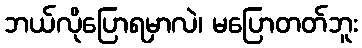
ဘယ်လိုပြောရမှာလဲ၊ မပြောတတ်ဘူး